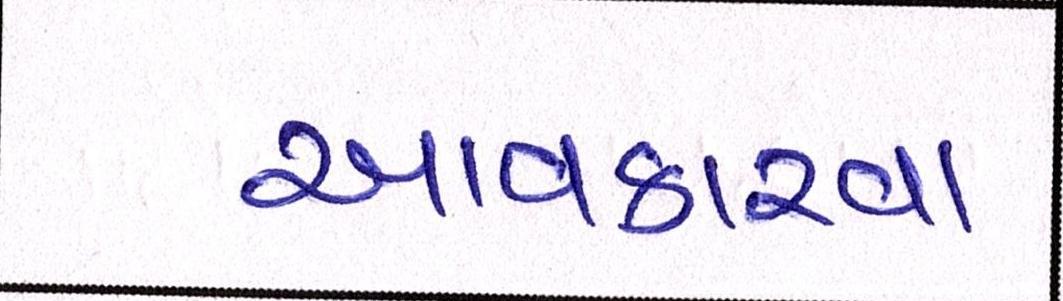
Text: આવકારવા